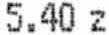
5.40 Z